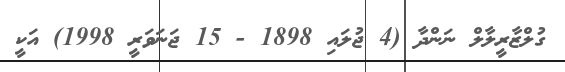
ގުލްޒާރީލާލް ނަންދާ (4 ޖުލައި 1898 - 15 ޖަނަވަރީ 1998) އަކީ